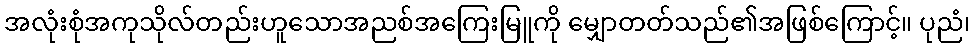
အလုံးစုံအကုသိုလ်တည်းဟူသောအညစ်အကြေးမြူကို မျှောတတ်သည်၏အဖြစ်ကြောင့်။ ပုညံ၊